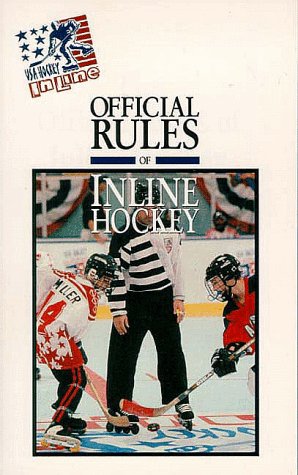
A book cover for The Official Rules of Inline Hockey; USA Hockey Inline; Sports & Outdoors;